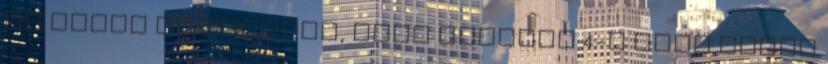
ez annak az előjele, hogy április 4-e újra piros